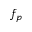
f _ { p }